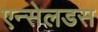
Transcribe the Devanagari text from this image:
एन्सेलडस